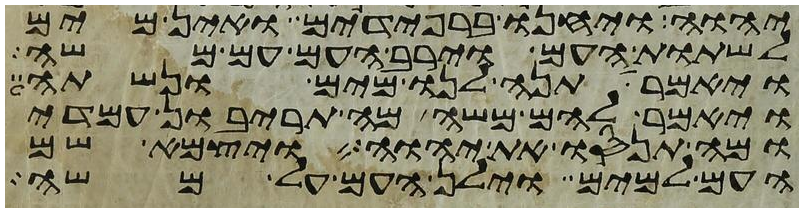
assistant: יהוה ויחנו ברפידים ואין מים
לשתות העם וירב העם עם משה
ויאמר תנה לנו מים ונשתה
ויאמר להם משה מה תריבון עמדי
ומה תנסו את יהוה ויצמא שם
העם למים וילן העם על משה